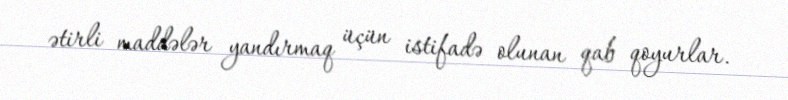
ətirli maddələr yandırmaq üçün istifadə olunan qab qoyurlar.